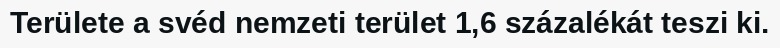
Területe a svéd nemzeti terület 1,6 százalékát teszi ki.